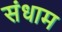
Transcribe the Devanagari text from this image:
संधाम